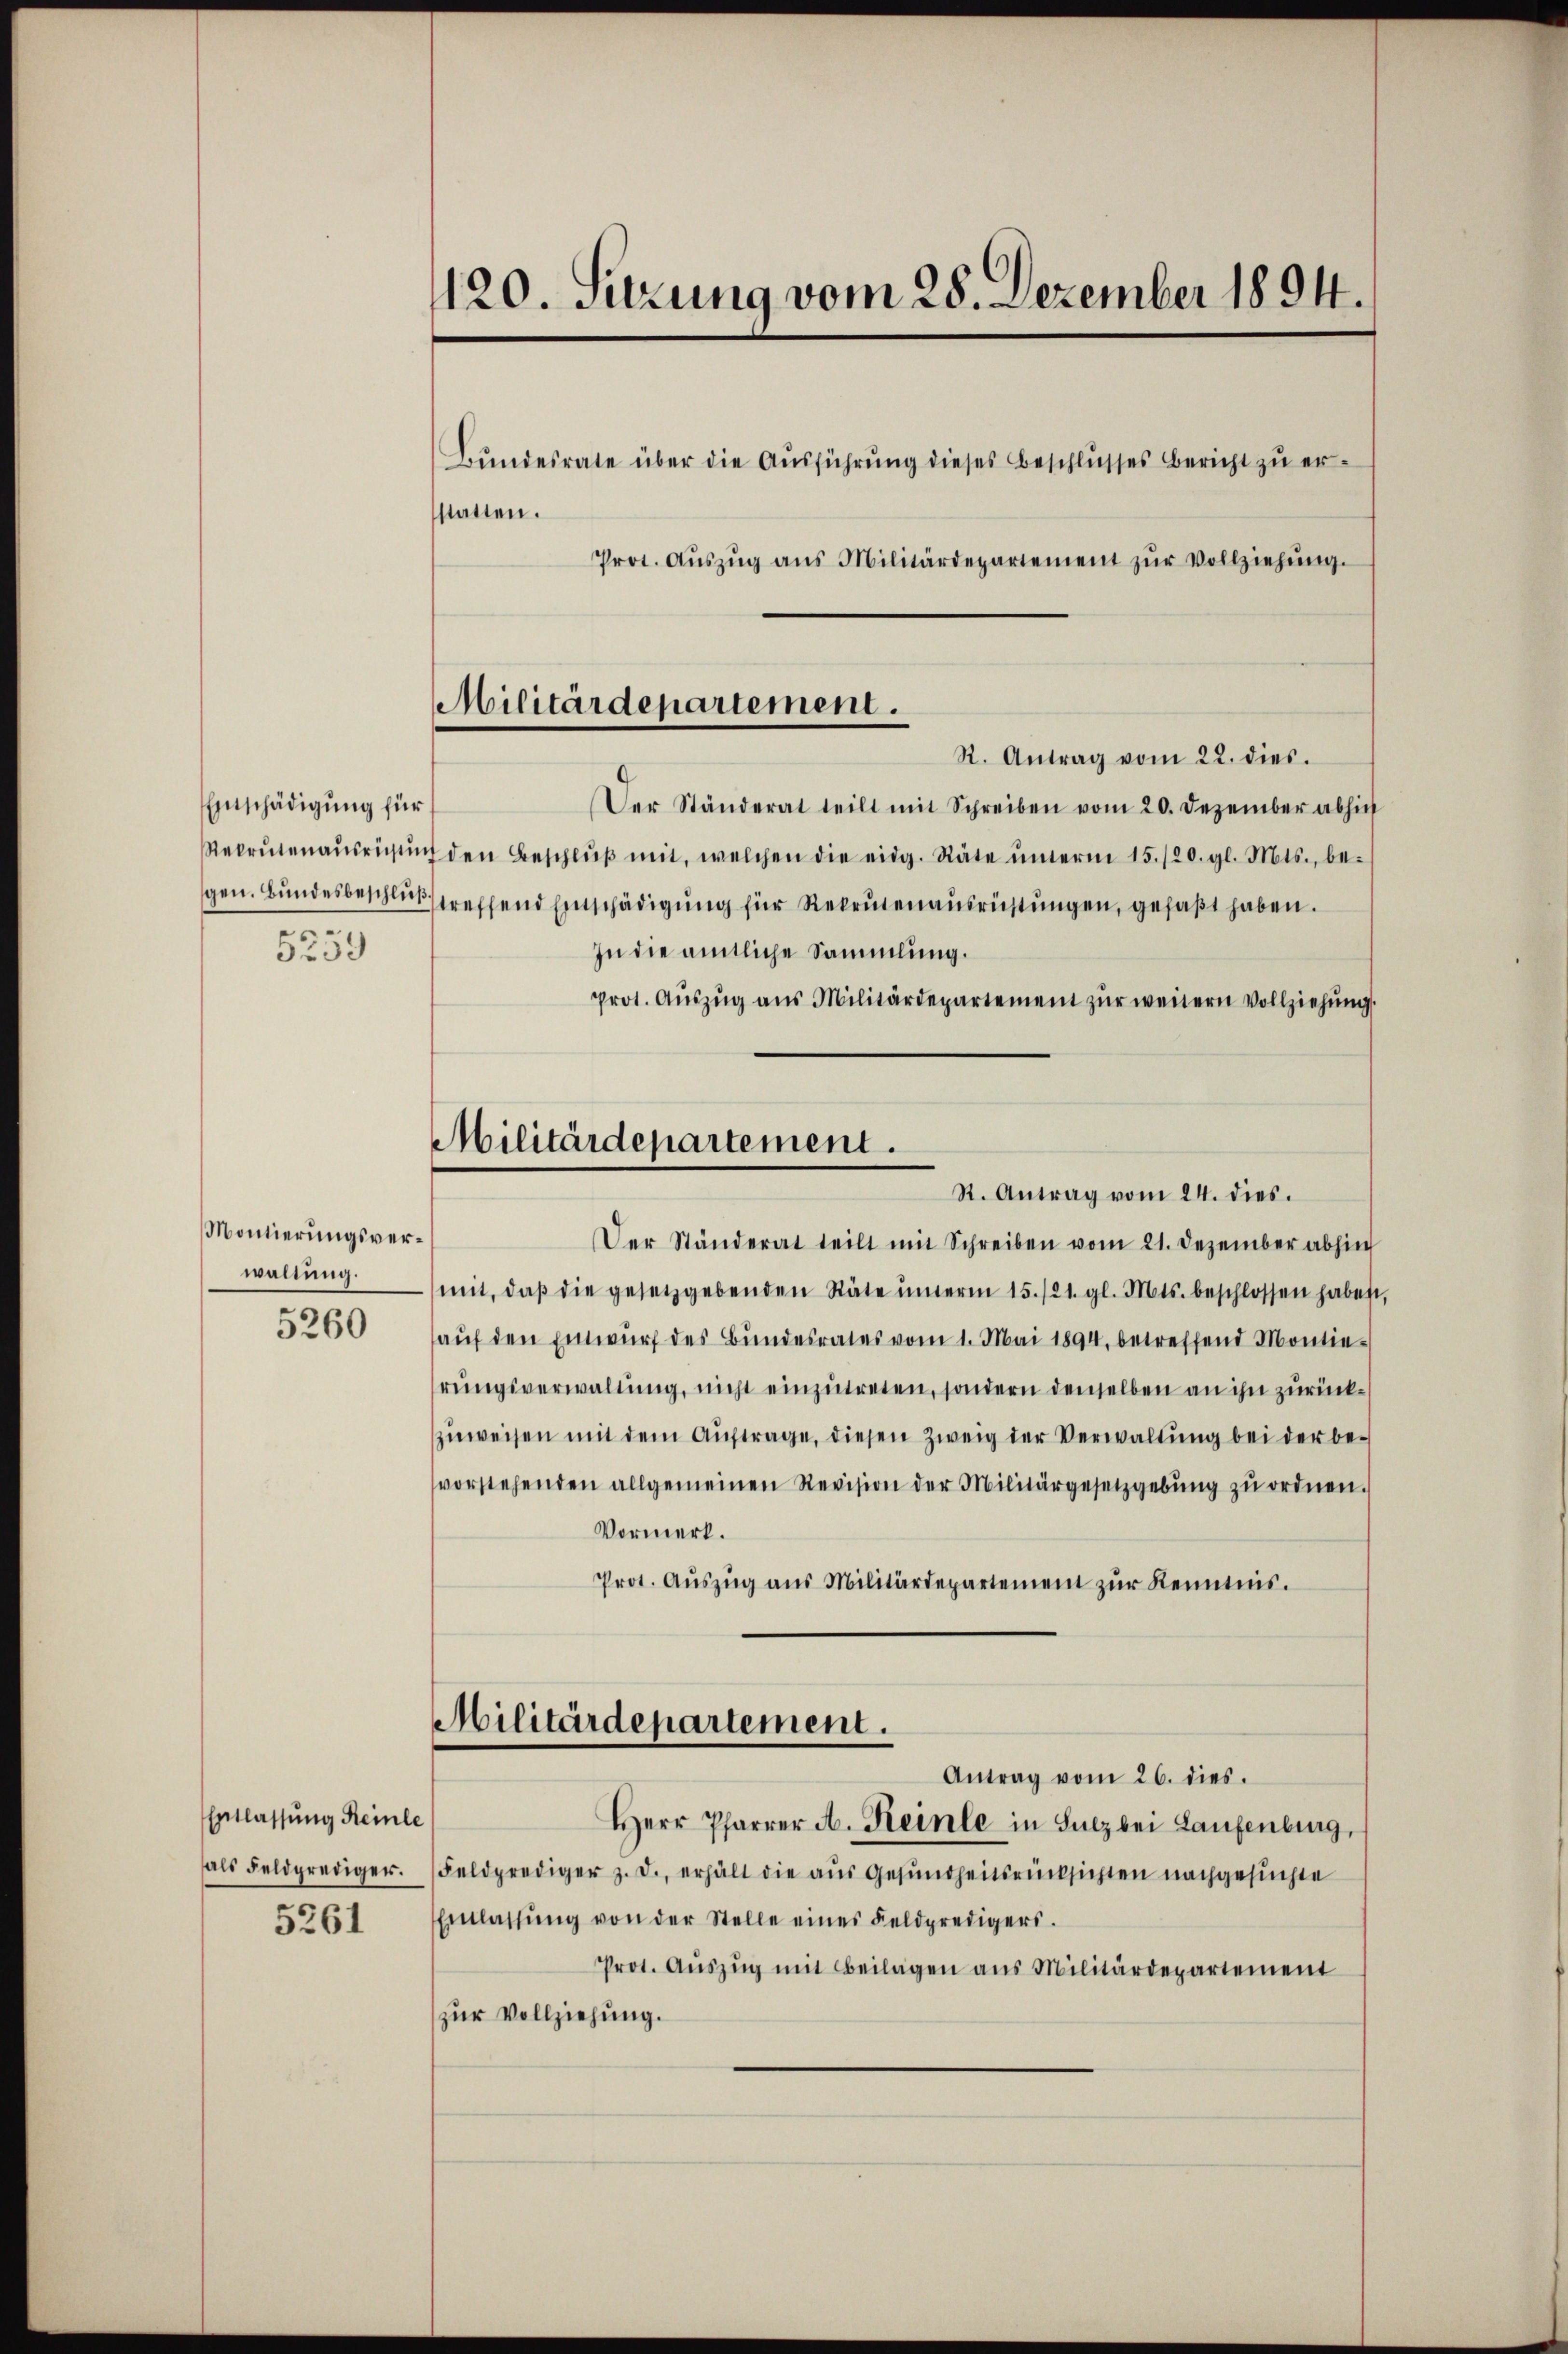
Entschädigung für
5259

Montierungsverwaltung.
5260

Entlassung Reinli
als Feldprediger.
5261

120. Sitzung vom 28. Dezember 1894.
Bŭndesrate über die Aŭsführŭng dieses Beschlŭsses bericht zŭ er-
statten.
Prot. Aŭszŭg ans Militärdepartement zŭr Vollziehŭng.

Der Ständerat teilt mit Schreiben vom 20. Dezember absich
Rekrutenaŭsrüsten den Beschlŭβ mit, welchen die eidg. Räte ŭnterm 15./20. gl. Mts., be-
gen. Bundesbeschluß streffend Einschädigung für Rekrutenausrichtungen, gefaßt haben.
In die amtliche Sammlung.
Prot. Aŭszŭg aŭs Militärdepartement zŭr weitern Vollziehŭng
Der Ständerat teilt mit Schreiben vom 21. Dezember abhin
mit, daβ die gesetzgebenden Stäte ŭnterm 15./21. gl. Mts. beschlossen haben
auf den Entwurf des Bundesrates vom 1. Mai 1894. betreffend Montierungsverwaltung, nicht einzutreten, sondern denselben an ihn zurückzuweisen mit dem Auftrage, diesen Zweig der Verwaltung bei der bevorstehenden allgemeinen Revision der Militärgesetzgebŭng zŭ ordnen.
Vormerk.
Prot. Aŭszŭg aŭs Militärdepartement zŭr Kenntnis.
Militärdepartement.
Antrag vom 26. dies.
Herr Pfarrer A. Keinle in Sulzbei Laufenburg,
Feldprediger z. B., erhält die aus Gesundheitsrücksichten nachgesuchte
Einlassŭng von der Stelle eines Feldpredigers.
Prot. Aŭszŭg mit Beilagen ans Militärdepartement
zur Vollziehung.

Militärdepartement.
R. Antrag vom 22. dies.

Militärdepartement.
R. Antrag vom 24. dies.